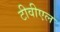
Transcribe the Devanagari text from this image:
टीवीएल